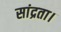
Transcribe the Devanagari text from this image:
सांद्रता।